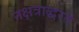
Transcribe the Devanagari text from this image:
नक्षत्राद्धरते